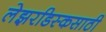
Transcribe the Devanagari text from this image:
लेझरडिस्कसाठी